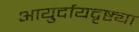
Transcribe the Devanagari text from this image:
आयुर्दायदृष्ट्या